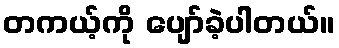
တကယ့်ကို ပျော်ခဲ့ပါတယ်။